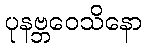
ပုနဗ္ဘဝေသိနော